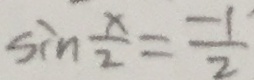
\sin \frac { x } { 2 } = \frac { - 1 } { 2 }